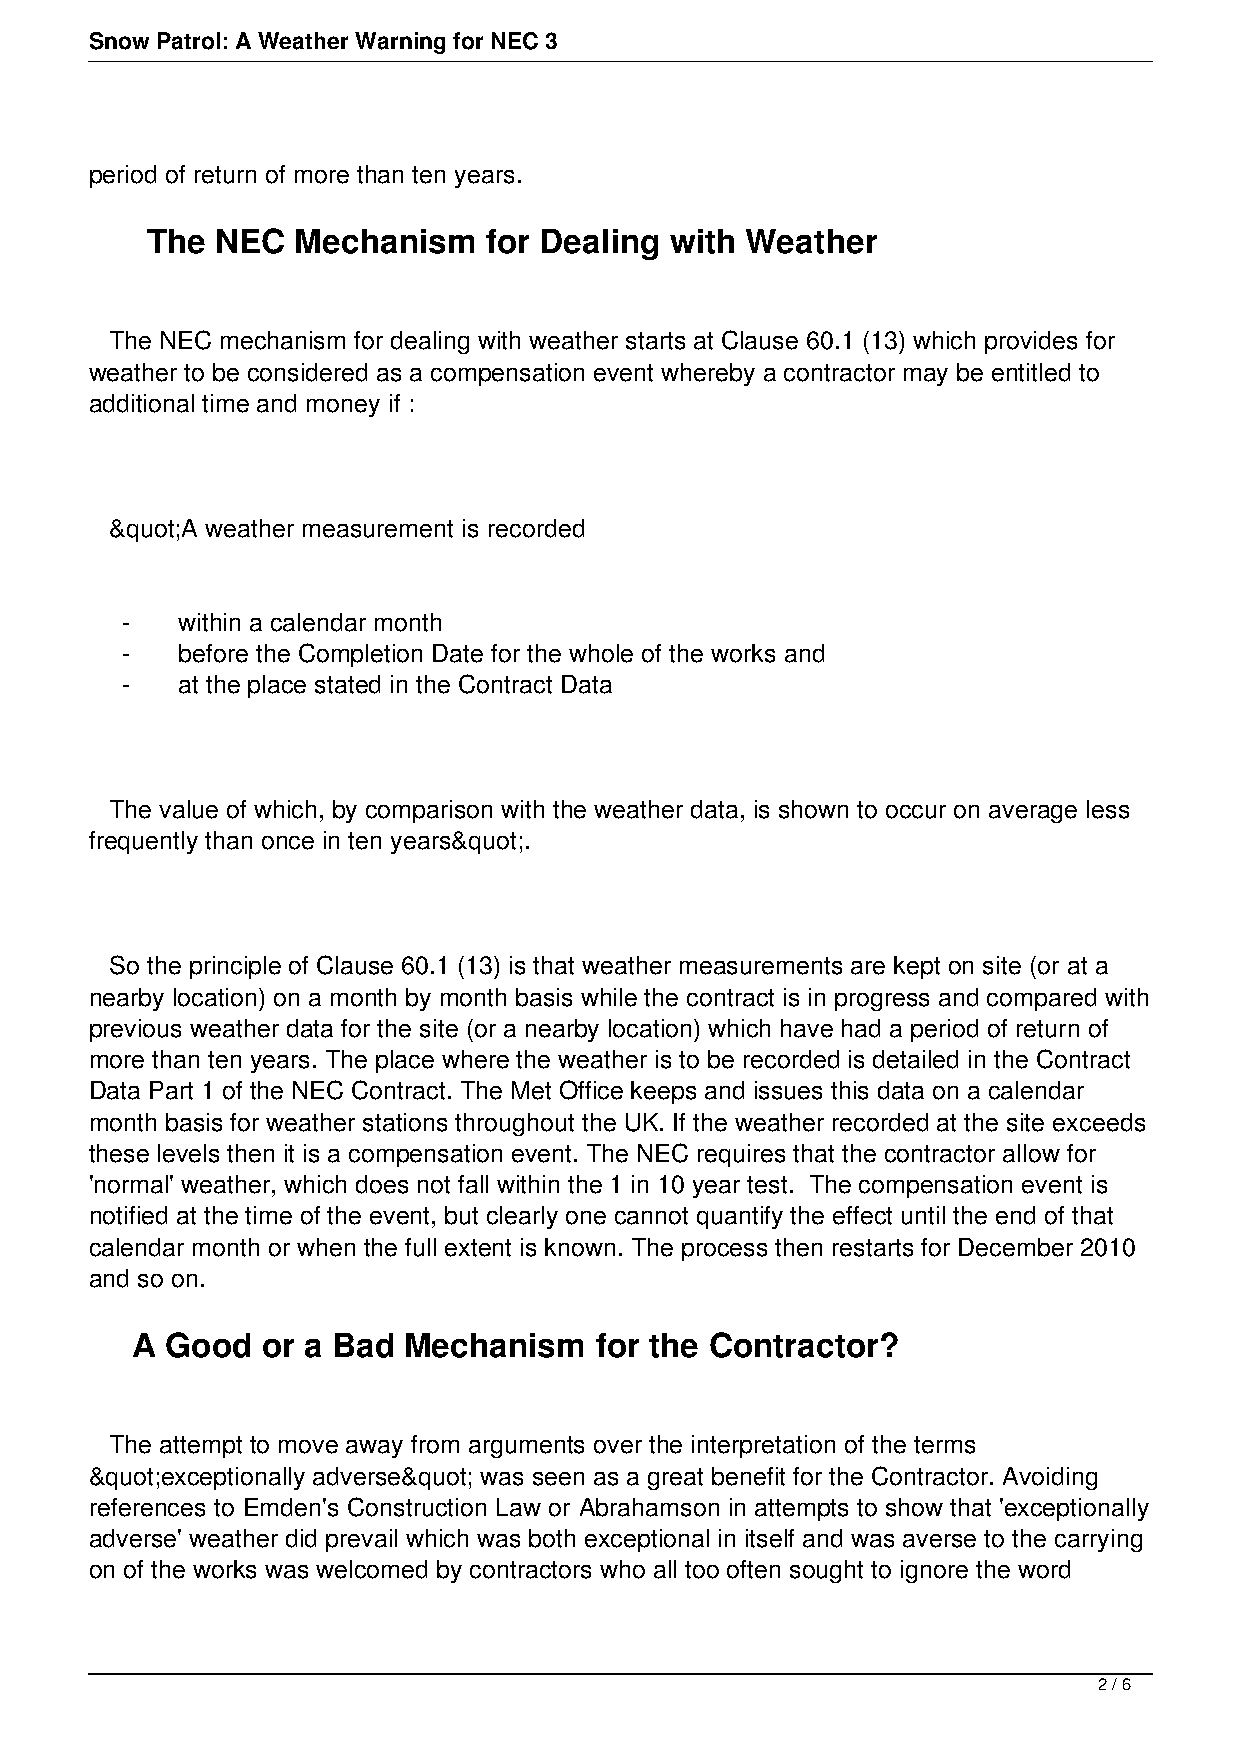
Snow Patrol: A Weather Warning for NEC 3
 period of return of more than ten years.
 The NEC   Mechanism   for Dealing with Weather
 The NEC mechanism for dealing with weather starts at Clause 60.1 (13) which provides for
 weather to be considered as a compensation event whereby a contractor may be entitled to
 additional time and money if :
 &quot;A weather measurement is recorded
 -   within a calendar month
 -   before the Completion Date for the whole of the works and
 -   at the place stated in the Contract Data
 The value of which, by comparison with the weather data, is shown to occur on average less
 frequently than once in ten years&quot;.
 So the principle of Clause 60.1 (13) is that weather measurements are kept on site (or at a
 nearby location) on a month by month basis while the contract is in progress and compared with
 previous weather data for the site (or a nearby location) which have had a period of return of
 more than ten years. The place where the weather is to be recorded is detailed in the Contract
 Data Part 1 of the NEC Contract. The Met Office keeps and issues this data on a calendar
 month basis for weather stations throughout the UK. If the weather recorded at the site exceeds
 these levels then it is a compensation event. The NEC requires that the contractor allow for
 'normal' weather, which does not fall within the 1 in 10 year test. The compensation event is
 notified at the time of the event, but clearly one cannot quantify the effect until the end of that
 calendar month or when the full extent is known. The process then restarts for December 2010
 and so on.
 A Good  or a Bad  Mechanism   for the Contractor?
 The attempt to move away from arguments over the interpretation of the terms
 &quot;exceptionally adverse&quot; was seen as a great benefit for the Contractor. Avoiding
 references to Emden's Construction Law or Abrahamson in attempts to show that 'exceptionally
 adverse' weather did prevail which was both exceptional in itself and was averse to the carrying
 on of the works was welcomed by contractors who all too often sought to ignore the word
 2 / 6